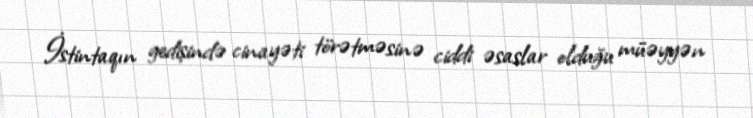
İstintaqın gedişində cinayəti törətməsinə ciddi əsaslar olduğu müəyyən